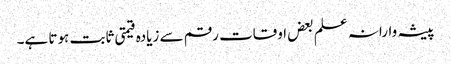
پیشہ وارانہ علم بعض اوقات رقم سے زیادہ قیمتی ثابت ہوتا ہے۔